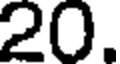
20.